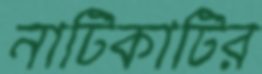
নাটিকাটির